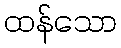
ထန်သော